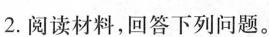
2.阅读材料，回答下列问题。